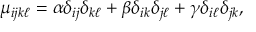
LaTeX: \mu _ { i j k \ell } = \alpha \delta _ { i j } \delta _ { k \ell } + \beta \delta _ { i k } \delta _ { j \ell } + \gamma \delta _ { i \ell } \delta _ { j k } ,